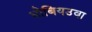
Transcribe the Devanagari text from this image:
धोबियउवा